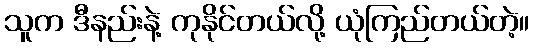
သူက ဒီနည်းနဲ့ ကုနိုင်တယ်လို့ ယုံကြည်တယ်တဲ့။